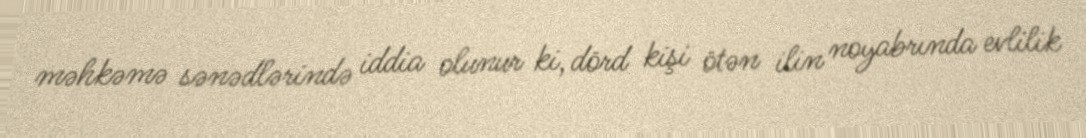
məhkəmə sənədlərində iddia olunur ki, dörd kişi ötən ilin noyabrında evlilik